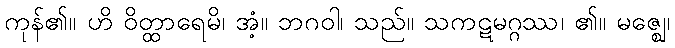
ကုန်၏။ ဟိ ဝိတ္ထာရေမိ၊ အံ့။ ဘဂဝါ၊ သည်။ သကဋမဂ္ဂဿ၊ ၏။ မဇ္ဈေ၊